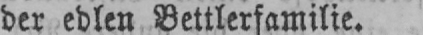
der edlen Bettlerfamilie.